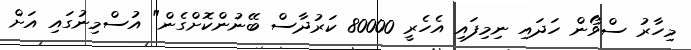
މިހާރު ސްވޯން ހަދައި ނިމިފައި އެހެރީ 80000 ކަރުދާސް ބޭނުންކޮށްގެން" އުސްމިނުގައި އަށް